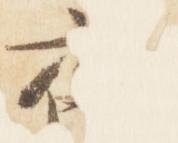
夜